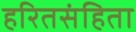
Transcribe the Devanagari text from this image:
हरितसंहिता